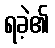
ရခဲ့၏